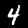
Digit: 4